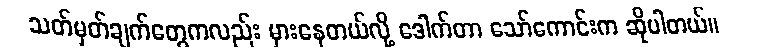
သတ်မှတ်ချက်တွေကလည်း မှားနေတယ်လို့ ဒေါက်တာ သော်ကောင်းက ဆိုပါတယ်။